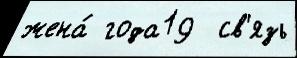
жена́ года19  св'язь